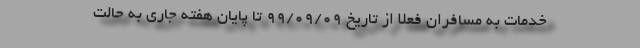
خدمات به مسافران فعلاً از تاریخ 99/09/09 تا پایان هفته جاری به حالت